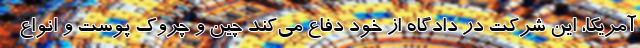
آمریکا، این شرکت در دادگاه از خود دفاع می‌کند چین و چروک‌ پوست و انواع